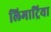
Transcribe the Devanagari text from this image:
लिमाट्रिया